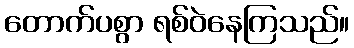
တောက်ပစွာ ရစ်ဝဲနေကြသည်။